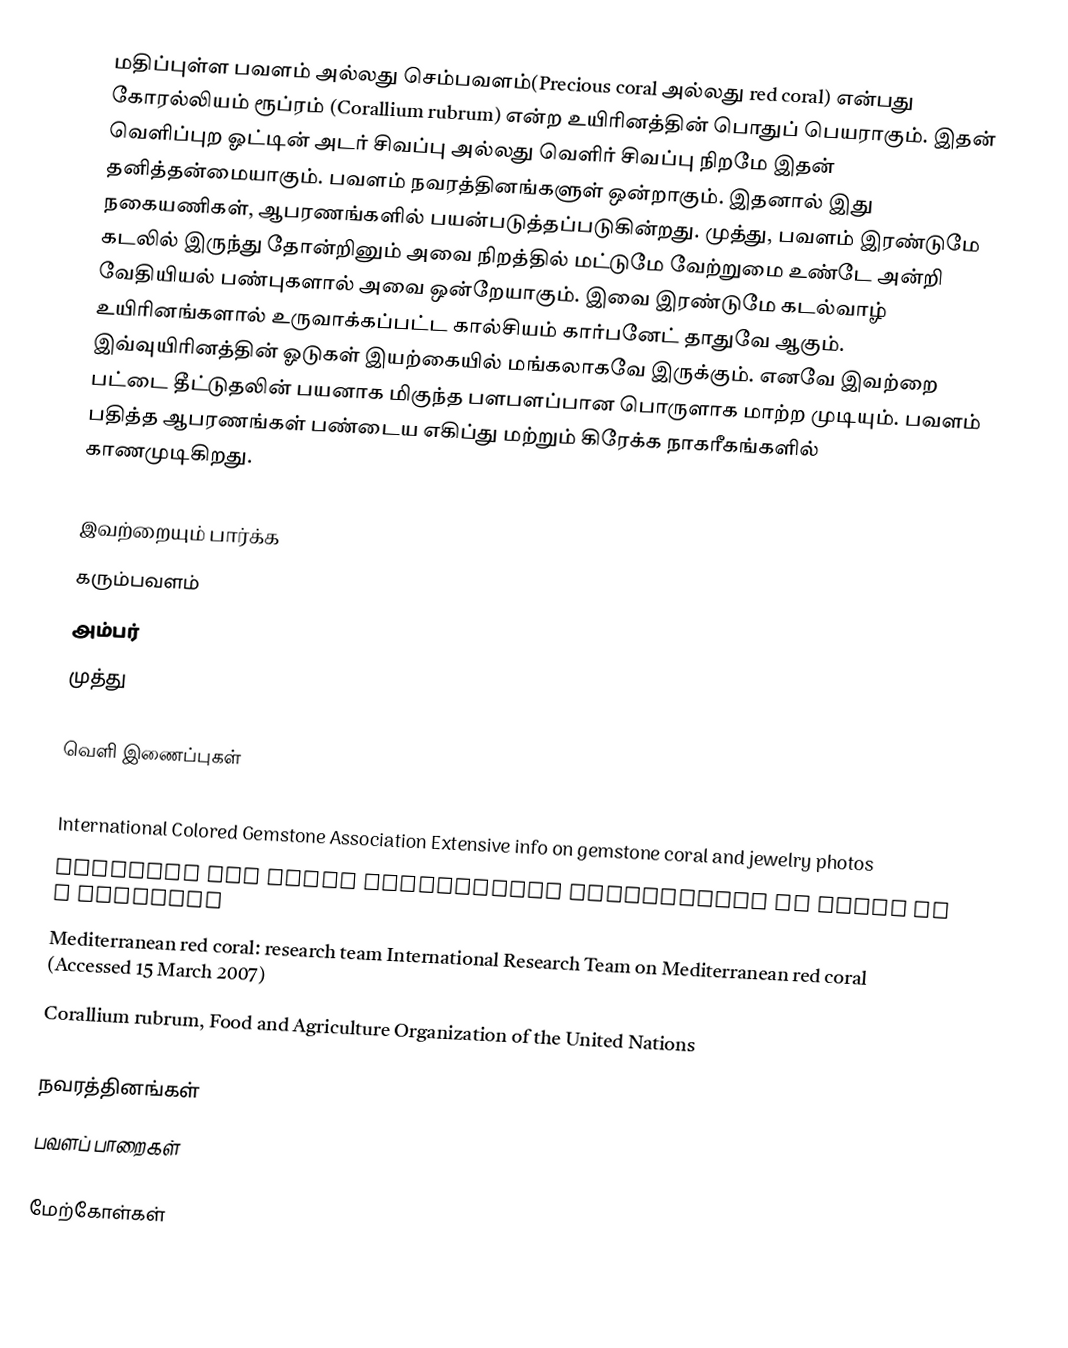
மதிப்புள்ள பவளம் அல்லது செம்பவளம்(Precious coral அல்லது red coral) என்பது கோரல்லியம் ரூப்ரம் (Corallium rubrum) என்ற உயிரினத்தின் பொதுப் பெயராகும். இதன் வெளிப்புற ஓட்டின் அடர் சிவப்பு அல்லது வெளிர் சிவப்பு நிறமே இதன் தனித்தன்மையாகும். பவளம் நவரத்தினங்களுள் ஒன்றாகும். இதனால் இது நகையணிகள், ஆபரணங்களில் பயன்படுத்தப்படுகின்றது. முத்து, பவளம் இரண்டுமே கடலில் இருந்து தோன்றினும் அவை நிறத்தில் மட்டுமே வேற்றுமை உண்டே அன்றி வேதியியல் பண்புகளால் அவை ஒன்றேயாகும். இவை இரண்டுமே கடல்வாழ் உயிரினங்களால் உருவாக்கப்பட்ட கால்சியம் கார்பனேட் தாதுவே ஆகும். இவ்வுயிரினத்தின் ஓடுகள் இயற்கையில் மங்கலாகவே இருக்கும். எனவே இவற்றை பட்டை தீட்டுதலின் பயனாக மிகுந்த பளபளப்பான பொருளாக மாற்ற முடியும். பவளம் பதித்த ஆபரணங்கள் பண்டைய எகிப்து மற்றும் கிரேக்க நாகரீகங்களில் காணமுடிகிறது.

இவற்றையும் பார்க்க
கரும்பவளம்
அம்பர்
முத்து

வெளி இணைப்புகள்

 International Colored Gemstone Association  Extensive info on gemstone coral and jewelry photos
 American Gem Trade Association Information on coral as a gemstone
 Mediterranean red coral: research team  International Research Team on Mediterranean red coral (Accessed 15 March 2007)
 Corallium rubrum, Food and Agriculture Organization of the United Nations

நவரத்தினங்கள்
பவளப் பாறைகள்

மேற்கோள்கள்